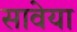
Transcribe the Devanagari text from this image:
सावेया